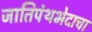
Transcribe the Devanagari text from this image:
जातिपंथभेदाचा